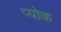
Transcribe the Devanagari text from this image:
प्योक